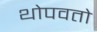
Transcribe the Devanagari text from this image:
थोपवतो